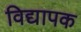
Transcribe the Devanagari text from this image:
विद्यापक